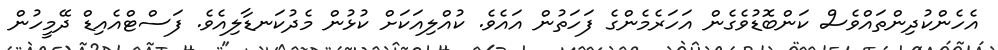
އެހެންކުދިންތައްވެސް ކަންބޮޑުވެގެން އަހަރެމެންގެ ފަހަތުން އައެވެ. ކުއްލިއަކަށް ކުޅުން މެދުކަނޑާލިއެވެ. ފަސްޓްއެއިޑް ދޭމީހުން